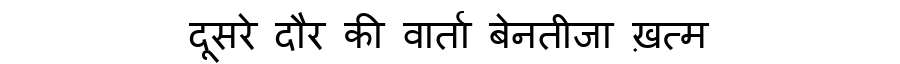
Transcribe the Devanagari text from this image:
दूसरे दौर की वार्ता बेनतीजा ख़त्म